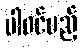
ပါဝင်မည့်